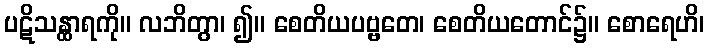
ပဋိသန္ထာရကို။ လဘိတွာ၊ ၍။ စေတိယပဗ္ဗတေ၊ စေတိယတောင်၌။ စောရေဟိ၊